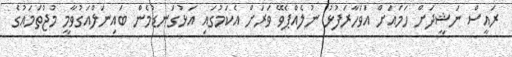
ރައީސް ނަޝީދަށް ހަމައަށް އަވަހާރަފުޅު ނުލެއްޕެވޭ ވަރަށް އެކަމުގައި އަޅުގަނޑުމެން ބައިނަލްއަގުވާމީ މުޖުތަމައުގެ